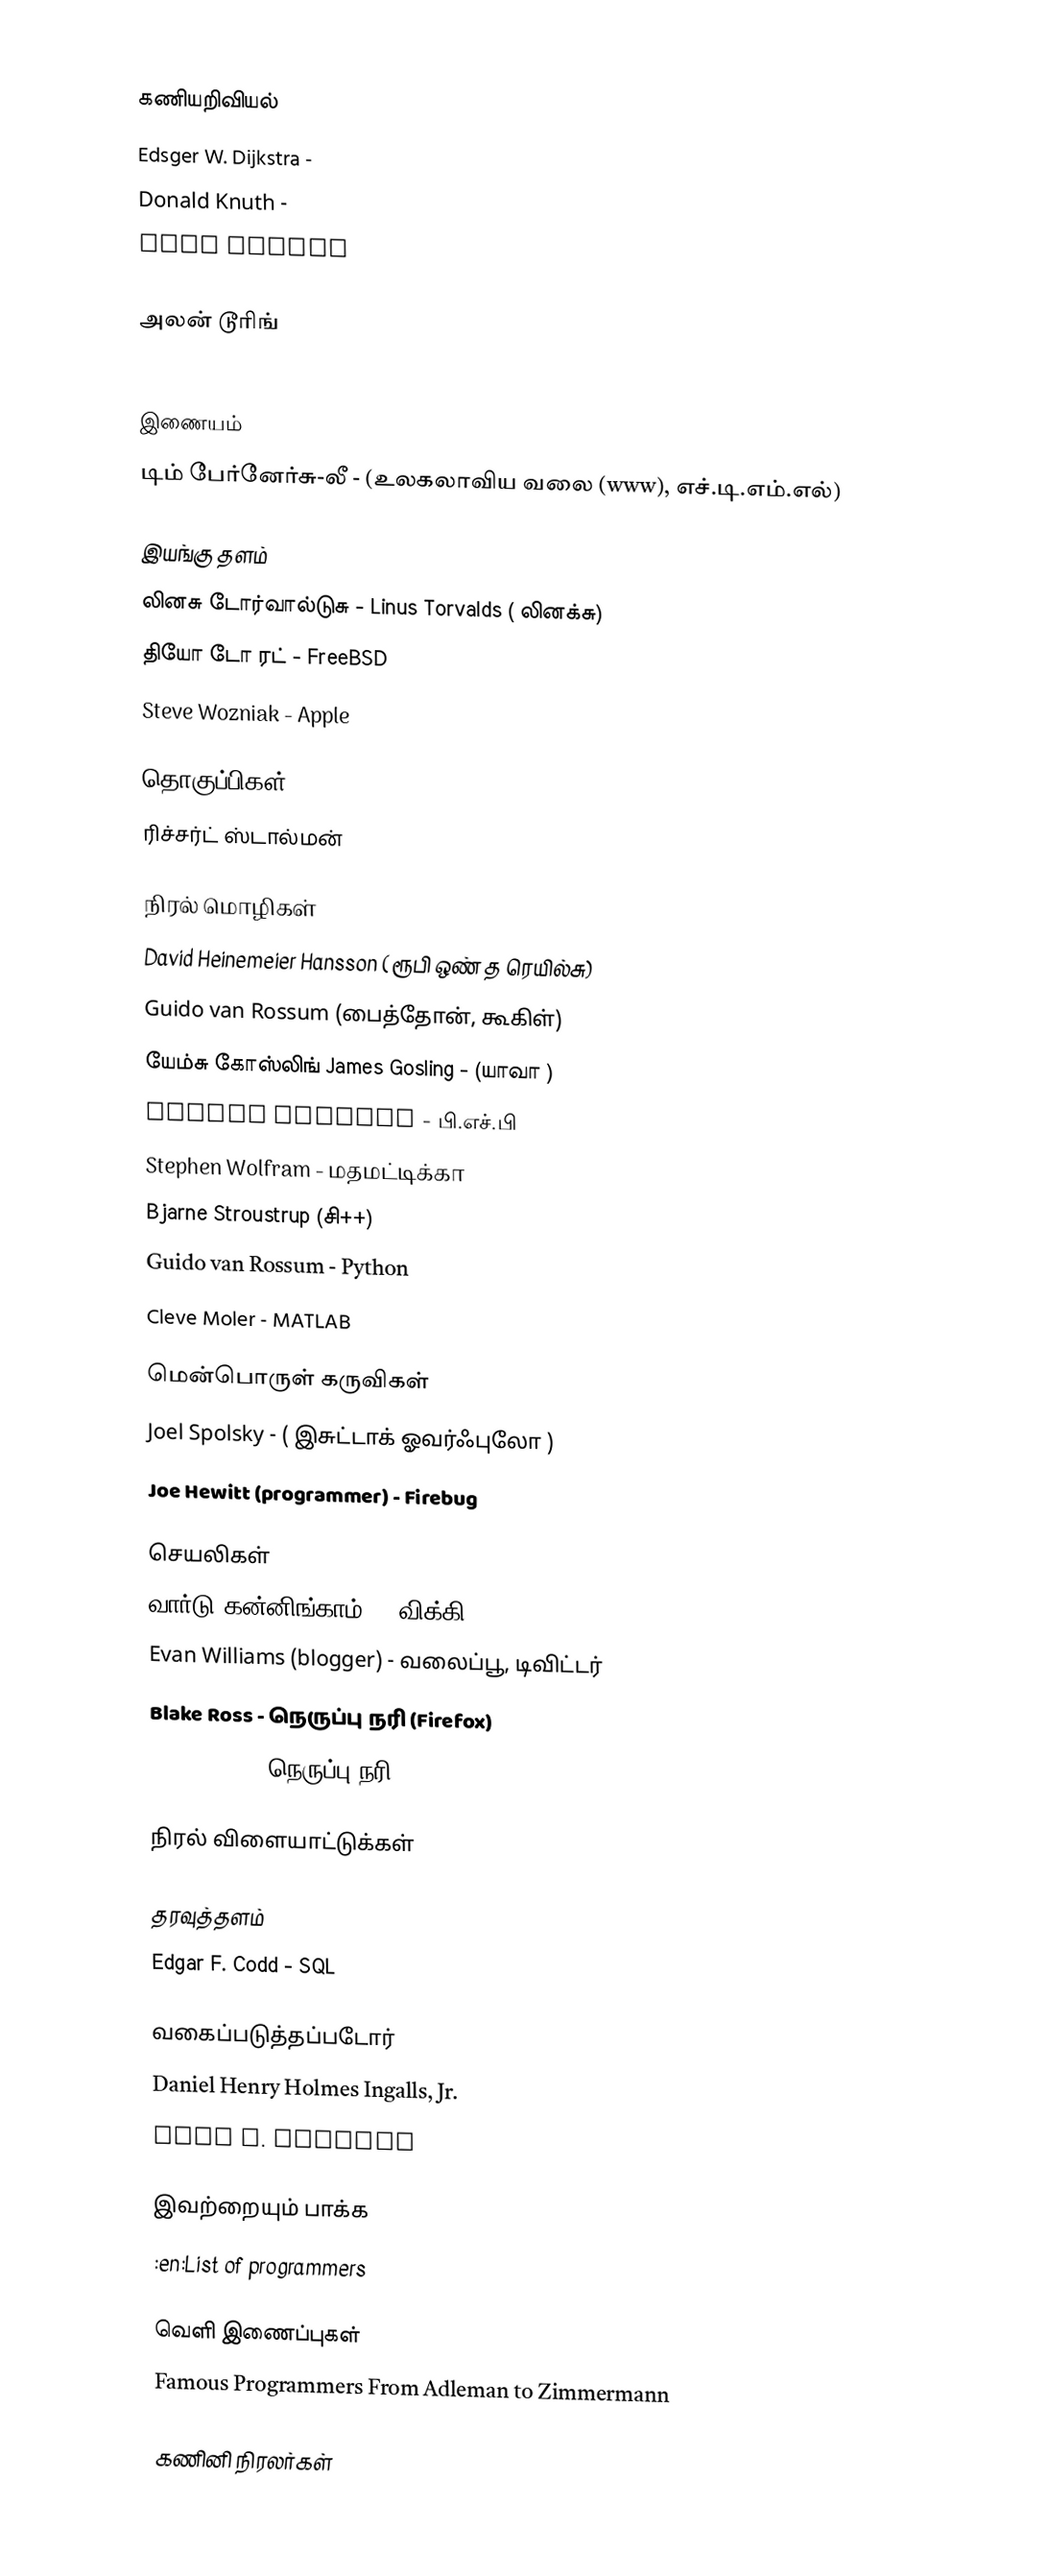

கணியறிவியல்
 Edsger W. Dijkstra -
 Donald Knuth -
 John Backus
 John McCarthy (computer scientist)
 அலன் டூரிங்
 John von Neumann

இணையம்
 டிம் பேர்னேர்சு-லீ - (உலகலாவிய வலை (www), எச்.டி.எம்.எல்)

இயங்கு தளம்
 லினசு டோர்வால்டுசு - Linus Torvalds ( லினக்சு)
 தியோ டோ ரட் - FreeBSD
 Steve Wozniak  - Apple

தொகுப்பிகள் (Compilers)
 ரிச்சர்ட் ஸ்டால்மன்

நிரல் மொழிகள்
 David Heinemeier Hansson ( ரூபி ஒண் த ரெயில்சு)
 Guido van Rossum (பைத்தோன், கூகிள்)
 யேம்சு கோஸ்லிங் James Gosling - (யாவா )
 Rasmus Lerdorf - பி.எச்.பி
 Stephen Wolfram - மதமட்டிக்கா
 Bjarne Stroustrup (சி++)
 Guido van Rossum - Python
 Cleve Moler - MATLAB

மென்பொருள் கருவிகள்
 Joel Spolsky - ( இசுட்டாக் ஓவர்ஃபுலோ )
 Joe Hewitt (programmer) - Firebug

செயலிகள்
 வார்டு கன்னிங்காம் - (விக்கி)
 Evan Williams (blogger) - வலைப்பூ, டிவிட்டர்
 Blake Ross  - நெருப்பு நரி (Firefox)
 Dave Hyatt - நெருப்பு நரி

நிரல் விளையாட்டுக்கள்

தரவுத்தளம்
 Edgar F. Codd - SQL

வகைப்படுத்தப்படோர்
 Daniel Henry Holmes Ingalls, Jr.
 Eric S. Raymond

இவற்றையும் பாக்க
 :en:List of programmers

வெளி இணைப்புகள்
 Famous Programmers From Adleman to Zimmermann

கணினி நிரலர்கள்